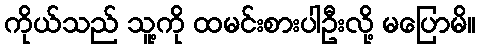
ကိုယ်သည် သူ့ကို ထမင်းစားပါဦးလို့ မပြောမိ။